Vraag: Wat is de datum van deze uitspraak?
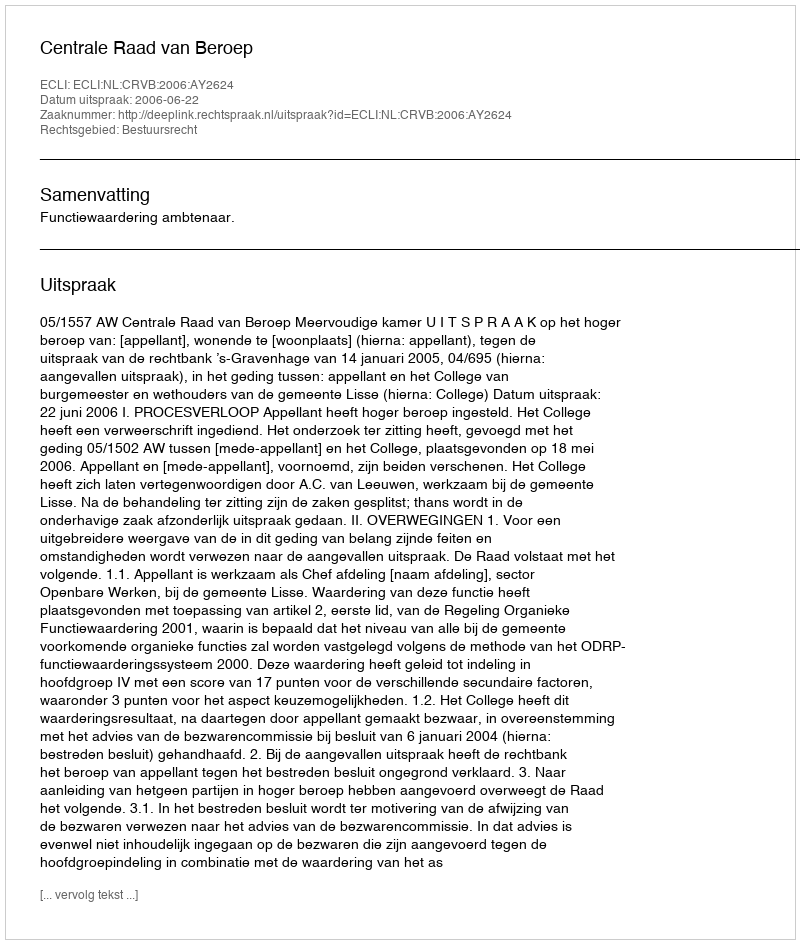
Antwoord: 2006-06-22